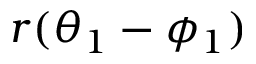
r ( \theta _ { 1 } - \phi _ { 1 } )